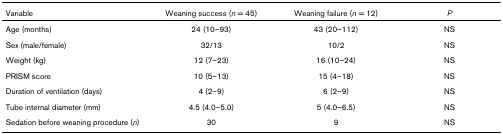
<table><thead><tr><td><b>Variable</b></td><td><b>Weaning success (<i>n </i>= 45)</b></td><td><b>Weaning failure (<i>n </i>= 12)</b></td><td><b><i>P</i></b></td></tr></thead><tbody><tr><td>Age (months)</td><td>24 (10–93)</td><td>43 (20–112)</td><td>NS</td></tr><tr><td>Sex (male/female)</td><td>32/13</td><td>10/2</td><td>NS</td></tr><tr><td>Weight (kg)</td><td>12 (7–23)</td><td>16 (10–24)</td><td>NS</td></tr><tr><td>PRISM score</td><td>10 (5–13)</td><td>15 (4–18)</td><td>NS</td></tr><tr><td>Duration of ventilation (days)</td><td>4 (2–9)</td><td>6 (2–9)</td><td>NS</td></tr><tr><td>Tube internal diameter (mm)</td><td>4.5 (4.0–5.0)</td><td>5 (4.0–6.5)</td><td>NS</td></tr><tr><td>Sedation before weaning procedure (<i>n</i>)</td><td>30</td><td>9</td><td>NS</td></tr></tbody></table>